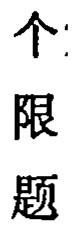
个：
限
题